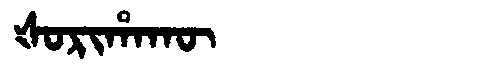
Manchu: ᡧᠣᡵᡳᡥᠠᡴᡡ
Romanization: ŠORIHAKŪ